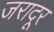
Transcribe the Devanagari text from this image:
जरादूर